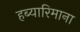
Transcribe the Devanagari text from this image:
हब्‍यारिमाना